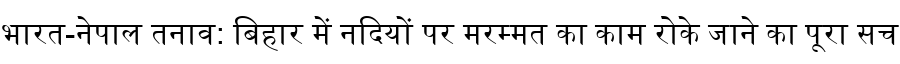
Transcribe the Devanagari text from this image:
भारत-नेपाल तनाव: बिहार में नदियों पर मरम्मत का काम रोके जाने का पूरा सच